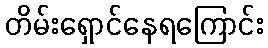
တိမ်းရှောင်နေရကြောင်း